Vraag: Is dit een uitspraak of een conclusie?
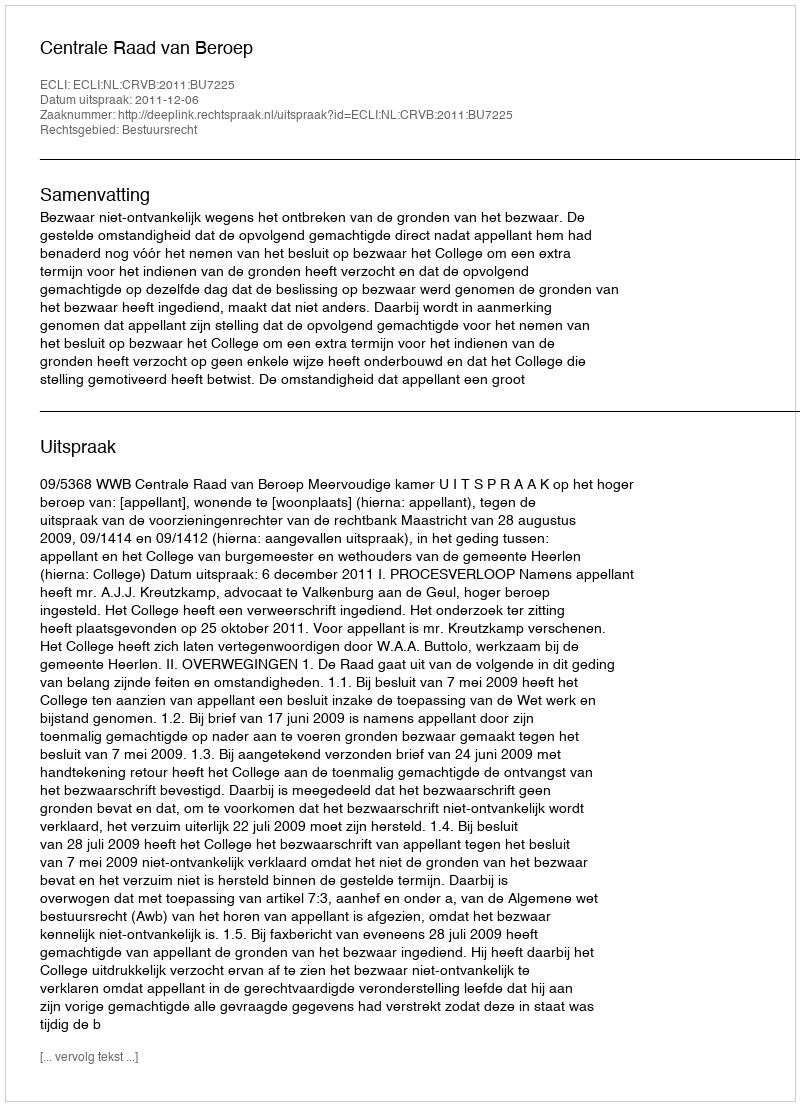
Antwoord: Uitspraak